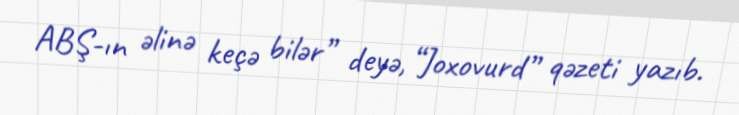
ABŞ-ın əlinə keçə bilər” deyə, “Joxovurd” qəzeti yazıb.